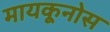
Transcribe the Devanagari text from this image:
मायकूनोस